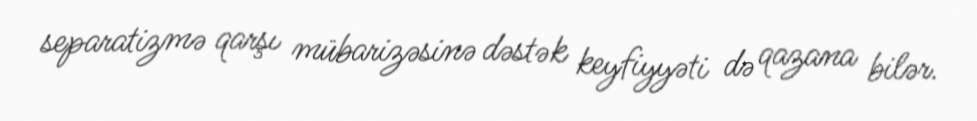
separatizmə qarşı mübarizəsinə dəstək keyfiyyəti də qazana bilər.